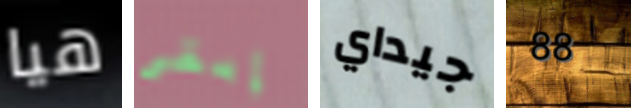
هيا إبقى جيداي 88